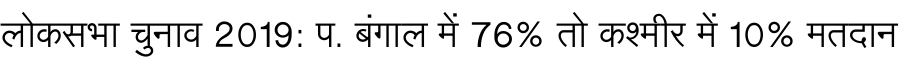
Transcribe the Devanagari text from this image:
लोकसभा चुनाव 2019: प. बंगाल में 76% तो कश्मीर में 10% मतदान